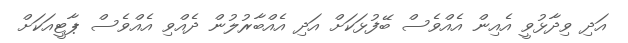
އަދި ވިދާޅުވީ އެއިން އެއްވެސް ބޭފުޅަކަށް އަދި އެއްބާރުލުން ދެއްވި އެއްވެސް ޕާޓީއަކަށް